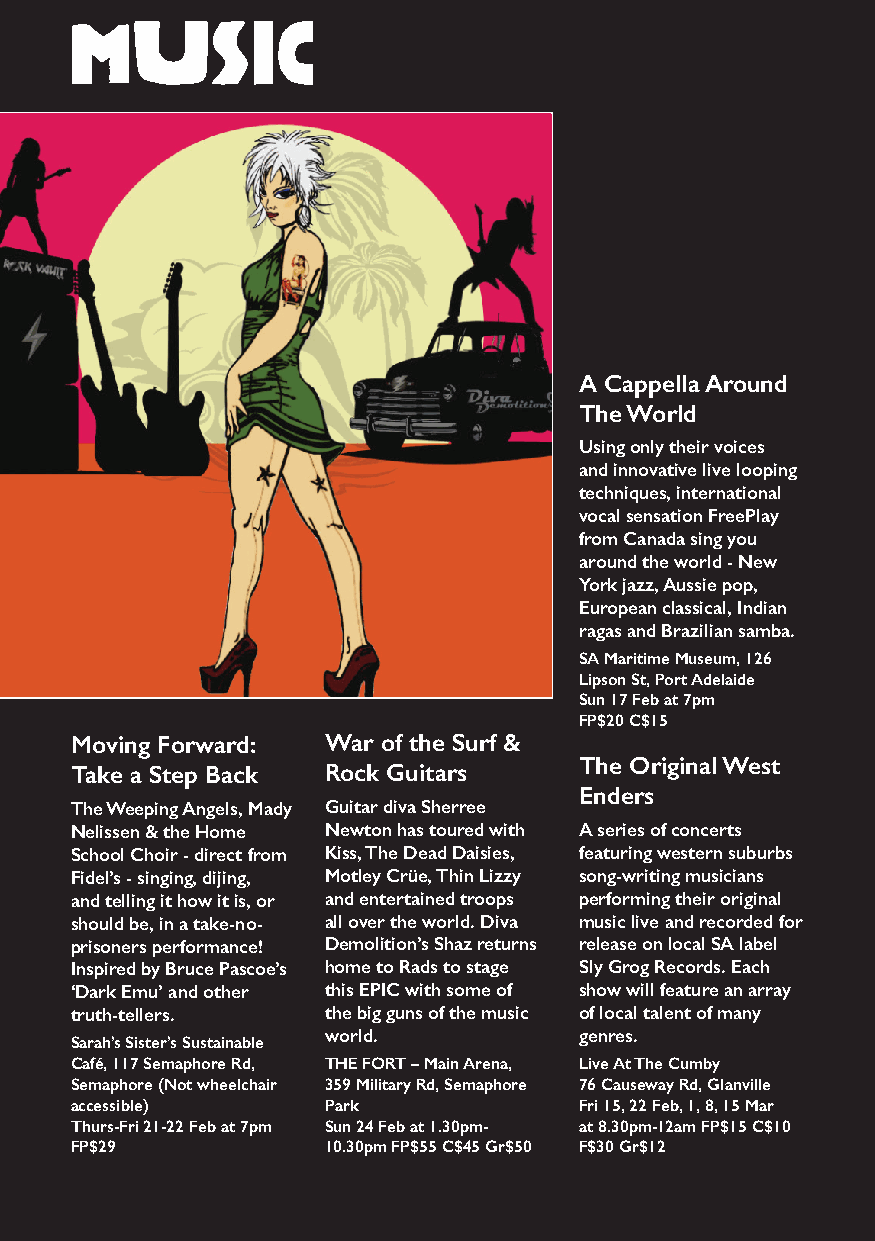
music
 A Cappella Around
 The World
 Using only their voices
 and innovative live looping
 techniques, international
 vocal sensation FreePlay
 from Canada sing you
 around the world - New
 York jazz, Aussie pop,
 European classical, Indian
 ragas and Brazilian samba.
 SA Maritime Museum, 126
 Lipson St, Port Adelaide
 Sun 17 Feb at 7pm
 FP$20 C$15
 Moving Forward:  War of the Surf &
 The Original West
 Take a Step Back Rock Guitars
 Enders
 The Weeping Angels, Mady Guitar diva Sherree
 Nelissen & the Home Newton has toured with A series of concerts
 School Choir - direct from Kiss, The Dead Daisies, featuring western suburbs
 Fidel’s - singing, dijing, Motley Crüe, Thin Lizzy song-writing musicians
 and telling it how it is, or and entertained troops performing their original
 should be, in a take-no- all over the world. Diva music live and recorded for
 prisoners performance! Demolition’s Shaz returns release on local SA label
 Inspired by Bruce Pascoe’s home to Rads to stage Sly Grog Records. Each
 ‘Dark Emu’ and other this EPIC with some of show will feature an array
 truth-tellers.   the big guns of the music of local talent of many
 world.          genres.
 Sarah’s Sister’s Sustainable
 Café, 117 Semaphore Rd, THE FORT – Main Arena, Live At The Cumby
 Semaphore (Not wheelchair 359 Military Rd, Semaphore 76 Causeway Rd, Glanville
 accessible)      Park            Fri 15, 22 Feb, 1, 8, 15 Mar
 Thurs-Fri 21-22 Feb at 7pm Sun 24 Feb at 1.30pm- at 8.30pm-12am FP$15 C$10
 FP$29            10.30pm FP$55 C$45 Gr$50 F$30 Gr$12